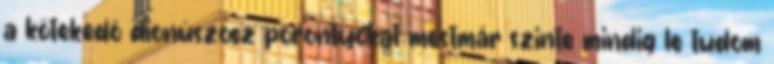
a kötekedő dionüszosz porontyokat mostmár szinte mindig le tudom